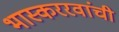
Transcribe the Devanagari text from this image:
भास्कररवांची